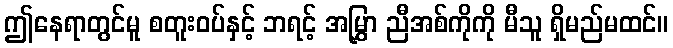
ဤနေရာတွင်မူ စတူးဝပ်နှင့် ဘရင့် အမြွှာ ညီအစ်ကိုကို မီသူ ရှိမည်မထင်။